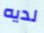
لديه